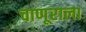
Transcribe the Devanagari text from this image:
चाणूराला